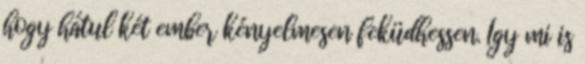
hogy hátul két ember kényelmesen feküdhessen. Így mi is